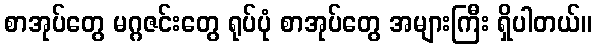
စာအုပ်တွေ မဂ္ဂဇင်းတွေ ရုပ်ပုံ စာအုပ်တွေ အများကြီး ရှိပါတယ်။